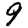
Digit: 9